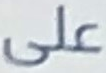
على